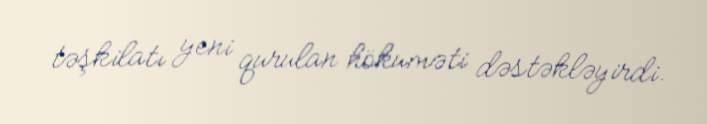
təşkilatı yeni qurulan hökuməti dəstəkləyirdi.